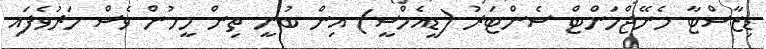
ޑިޒާސްޓާ މެނޭޖްމަންޓް ސެންޓަރު (ޑީއެމްސީ) އިން ބުނީ ތިން މީހުން ވެސް މަރުވެފައި